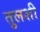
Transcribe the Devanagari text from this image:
तुलशी